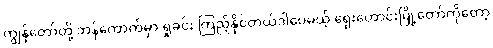
ကျွန်တော်တို့ ဘန်ကောက်မှာ ရှုခင်း ကြည့်နိုင်တယ်ဒါပေမယ့် ရှေးဟောင်းမြို့တော်ကိုတော့